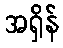
အရှိန်